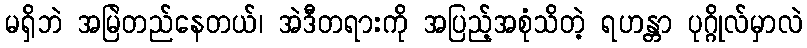
မရှိဘဲ အမြဲတည်နေတယ်၊ အဲဒီတရားကို အပြည့်အစုံသိတဲ့ ရဟန္တာ ပုဂ္ဂိုလ်မှာလဲ